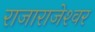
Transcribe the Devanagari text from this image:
राजाराजेश्‍वर